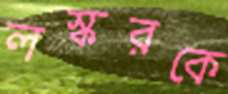
লস্করকে